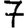
Digit: 7